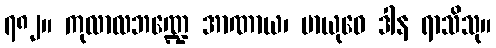
၇၈၂။ ကုလာလဘဏ္ဍေ အာဏာယ၊ မာယုဓေ ဒါန ရာသိသု။